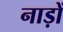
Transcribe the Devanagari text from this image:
नाड़ों